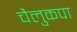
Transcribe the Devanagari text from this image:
चैलुकपा